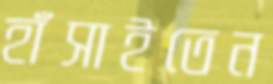
হাঁসাইতেন